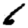
Digit: 6